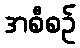
အစီစဉ်